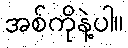
အစ်ကိုနဲ့ပါ။